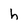
Character: h